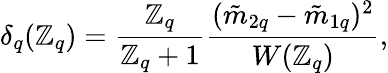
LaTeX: \delta_{q}(\mathbb{Z}_{q})=\frac{{\mathbb{Z}_{q}}}{{\mathbb{Z}_{q}+1}}\frac{{(\tilde{{m}}_{2q}-\tilde{{m}}_{1q})^{2}}}{{W(\mathbb{Z}_{q})}},